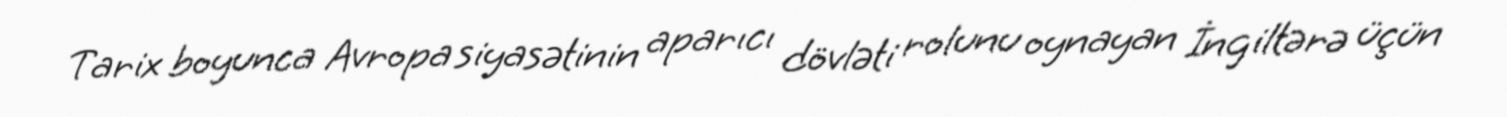
Tarix boyunca Avropa siyasətinin aparıcı dövləti rolunu oynayan İngiltərə üçün